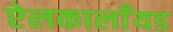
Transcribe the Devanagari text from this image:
ऐलकालाँयड